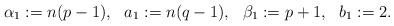
LaTeX: \begin{align*}\alpha_1:=n(p-1),\ \ a_1:=n(q-1),\ \ \beta_1:=p+1, \ \ b_1:=2.\end{align*}